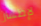
لإظهار